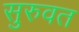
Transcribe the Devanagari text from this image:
सुरुवत